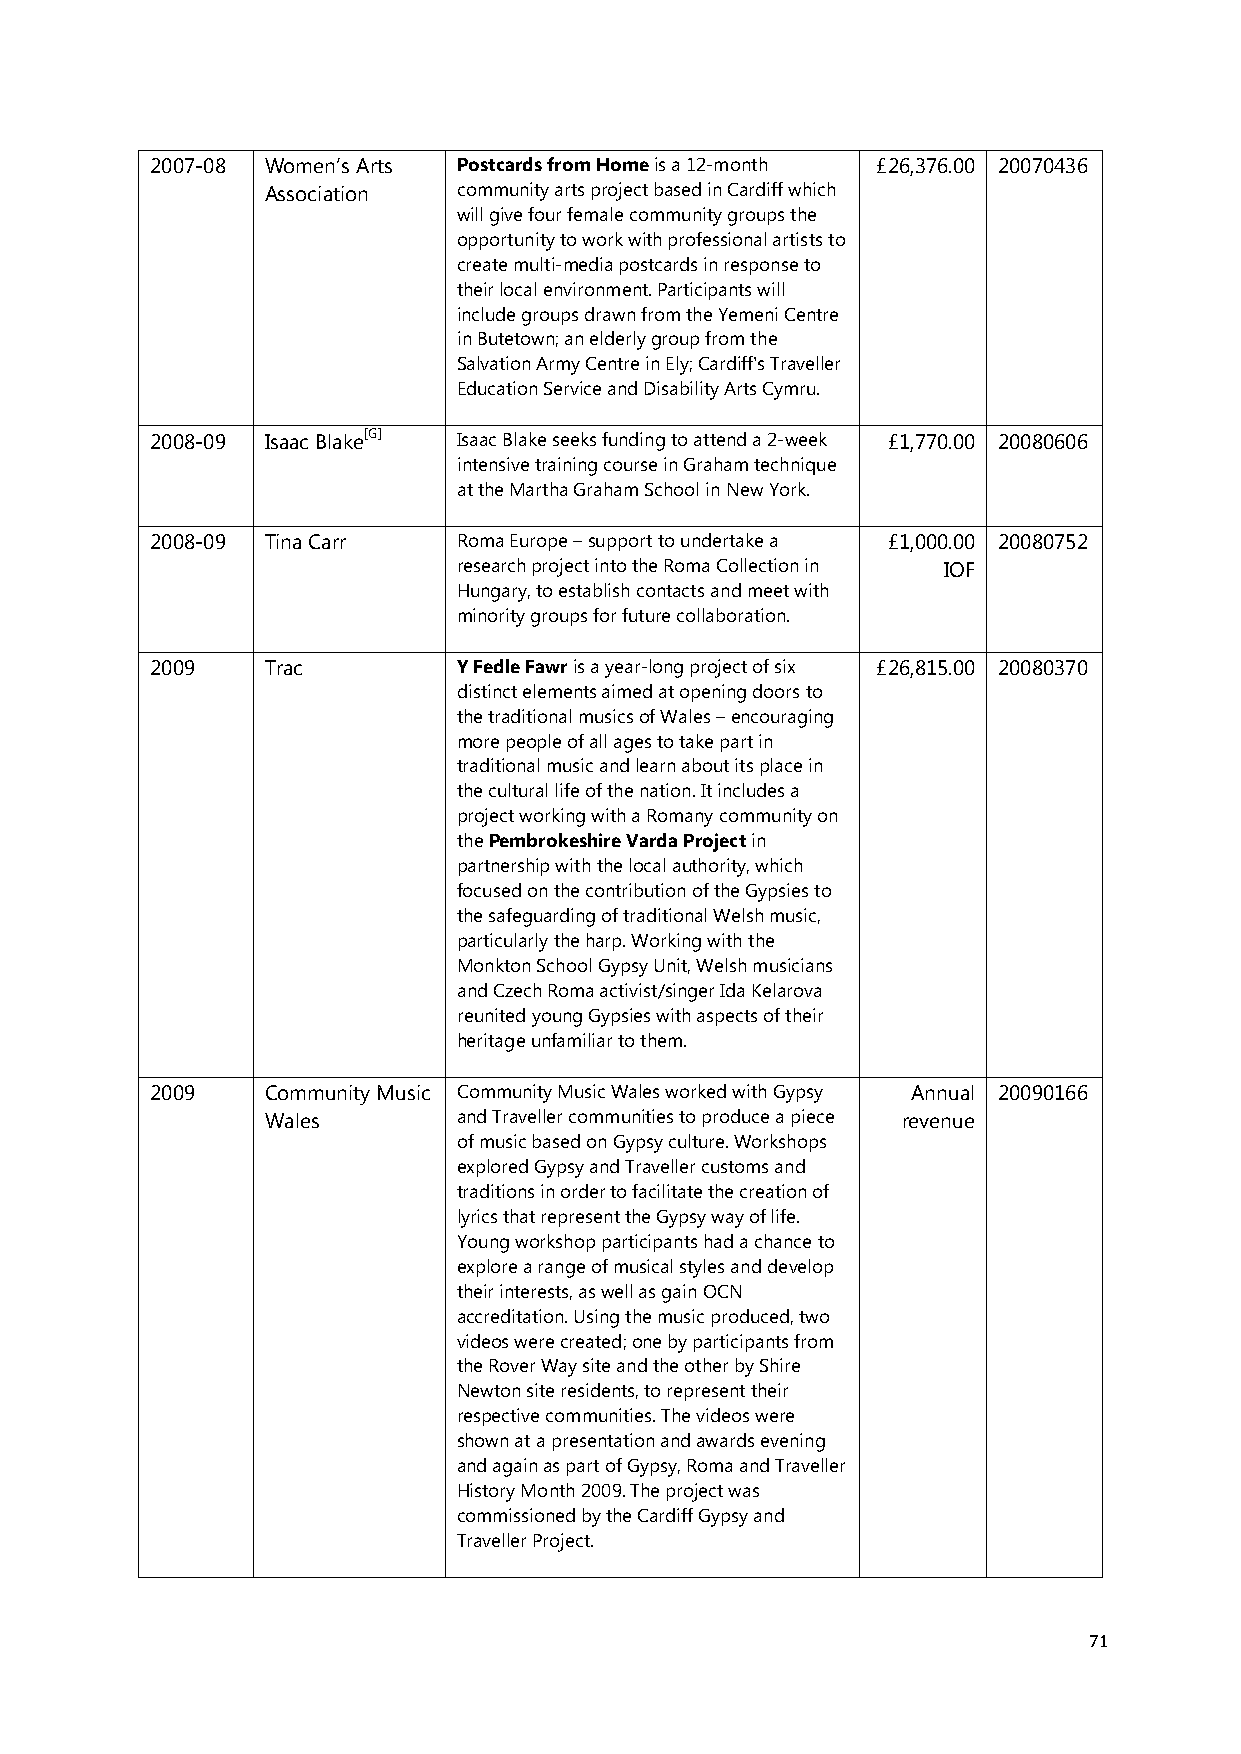
2007-08 Women’s Arts Postcards from Home is a 12-month £26,376.00 20070436
 Association community arts project based in Cardiff which
 will give four female community groups the
 opportunity to work with professional artists to
 create multi-media postcards in response to
 their local environment. Participants will
 include groups drawn from the Yemeni Centre
 in Butetown; an elderly group from the
 Salvation Army Centre in Ely; Cardiff's Traveller
 Education Service and Disability Arts Cymru.
 2008-09 Isaac Blake[G] Isaac Blake seeks funding to attend a 2-week £1,770.00 20080606
 intensive training course in Graham technique
 at the Martha Graham School in New York.
 2008-09 Tina Carr   Roma Europe – support to undertake a £1,000.00 20080752
 research project into the Roma Collection in IOF
 Hungary, to establish contacts and meet with
 minority groups for future collaboration.
 2009    Trac        Y Fedle Fawr is a year-long project of six £26,815.00 20080370
 distinct elements aimed at opening doors to
 the traditional musics of Wales – encouraging
 more people of all ages to take part in
 traditional music and learn about its place in
 the cultural life of the nation. It includes a
 project working with a Romany community on
 the Pembrokeshire Varda Project in
 partnership with the local authority, which
 focused on the contribution of the Gypsies to
 the safeguarding of traditional Welsh music,
 particularly the harp. Working with the
 Monkton School Gypsy Unit, Welsh musicians
 and Czech Roma activist/singer Ida Kelarova
 reunited young Gypsies with aspects of their
 heritage unfamiliar to them.
 2009    Community Music Community Music Wales worked with Gypsy Annual 20090166
 Wales       and Traveller communities to produce a piece revenue
 of music based on Gypsy culture. Workshops
 explored Gypsy and Traveller customs and
 traditions in order to facilitate the creation of
 lyrics that represent the Gypsy way of life.
 Young workshop participants had a chance to
 explore a range of musical styles and develop
 their interests, as well as gain OCN
 accreditation. Using the music produced, two
 videos were created; one by participants from
 the Rover Way site and the other by Shire
 Newton site residents, to represent their
 respective communities. The videos were
 shown at a presentation and awards evening
 and again as part of Gypsy, Roma and Traveller
 History Month 2009. The project was
 commissioned by the Cardiff Gypsy and
 Traveller Project.
 71